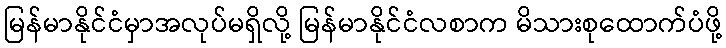
မြန်မာနိုင်ငံမှာအလုပ်မရှိလို့ မြန်မာနိုင်ငံလစာက မိသားစုထောက်ပံဖို့